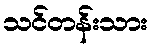
သင်တန်းသား